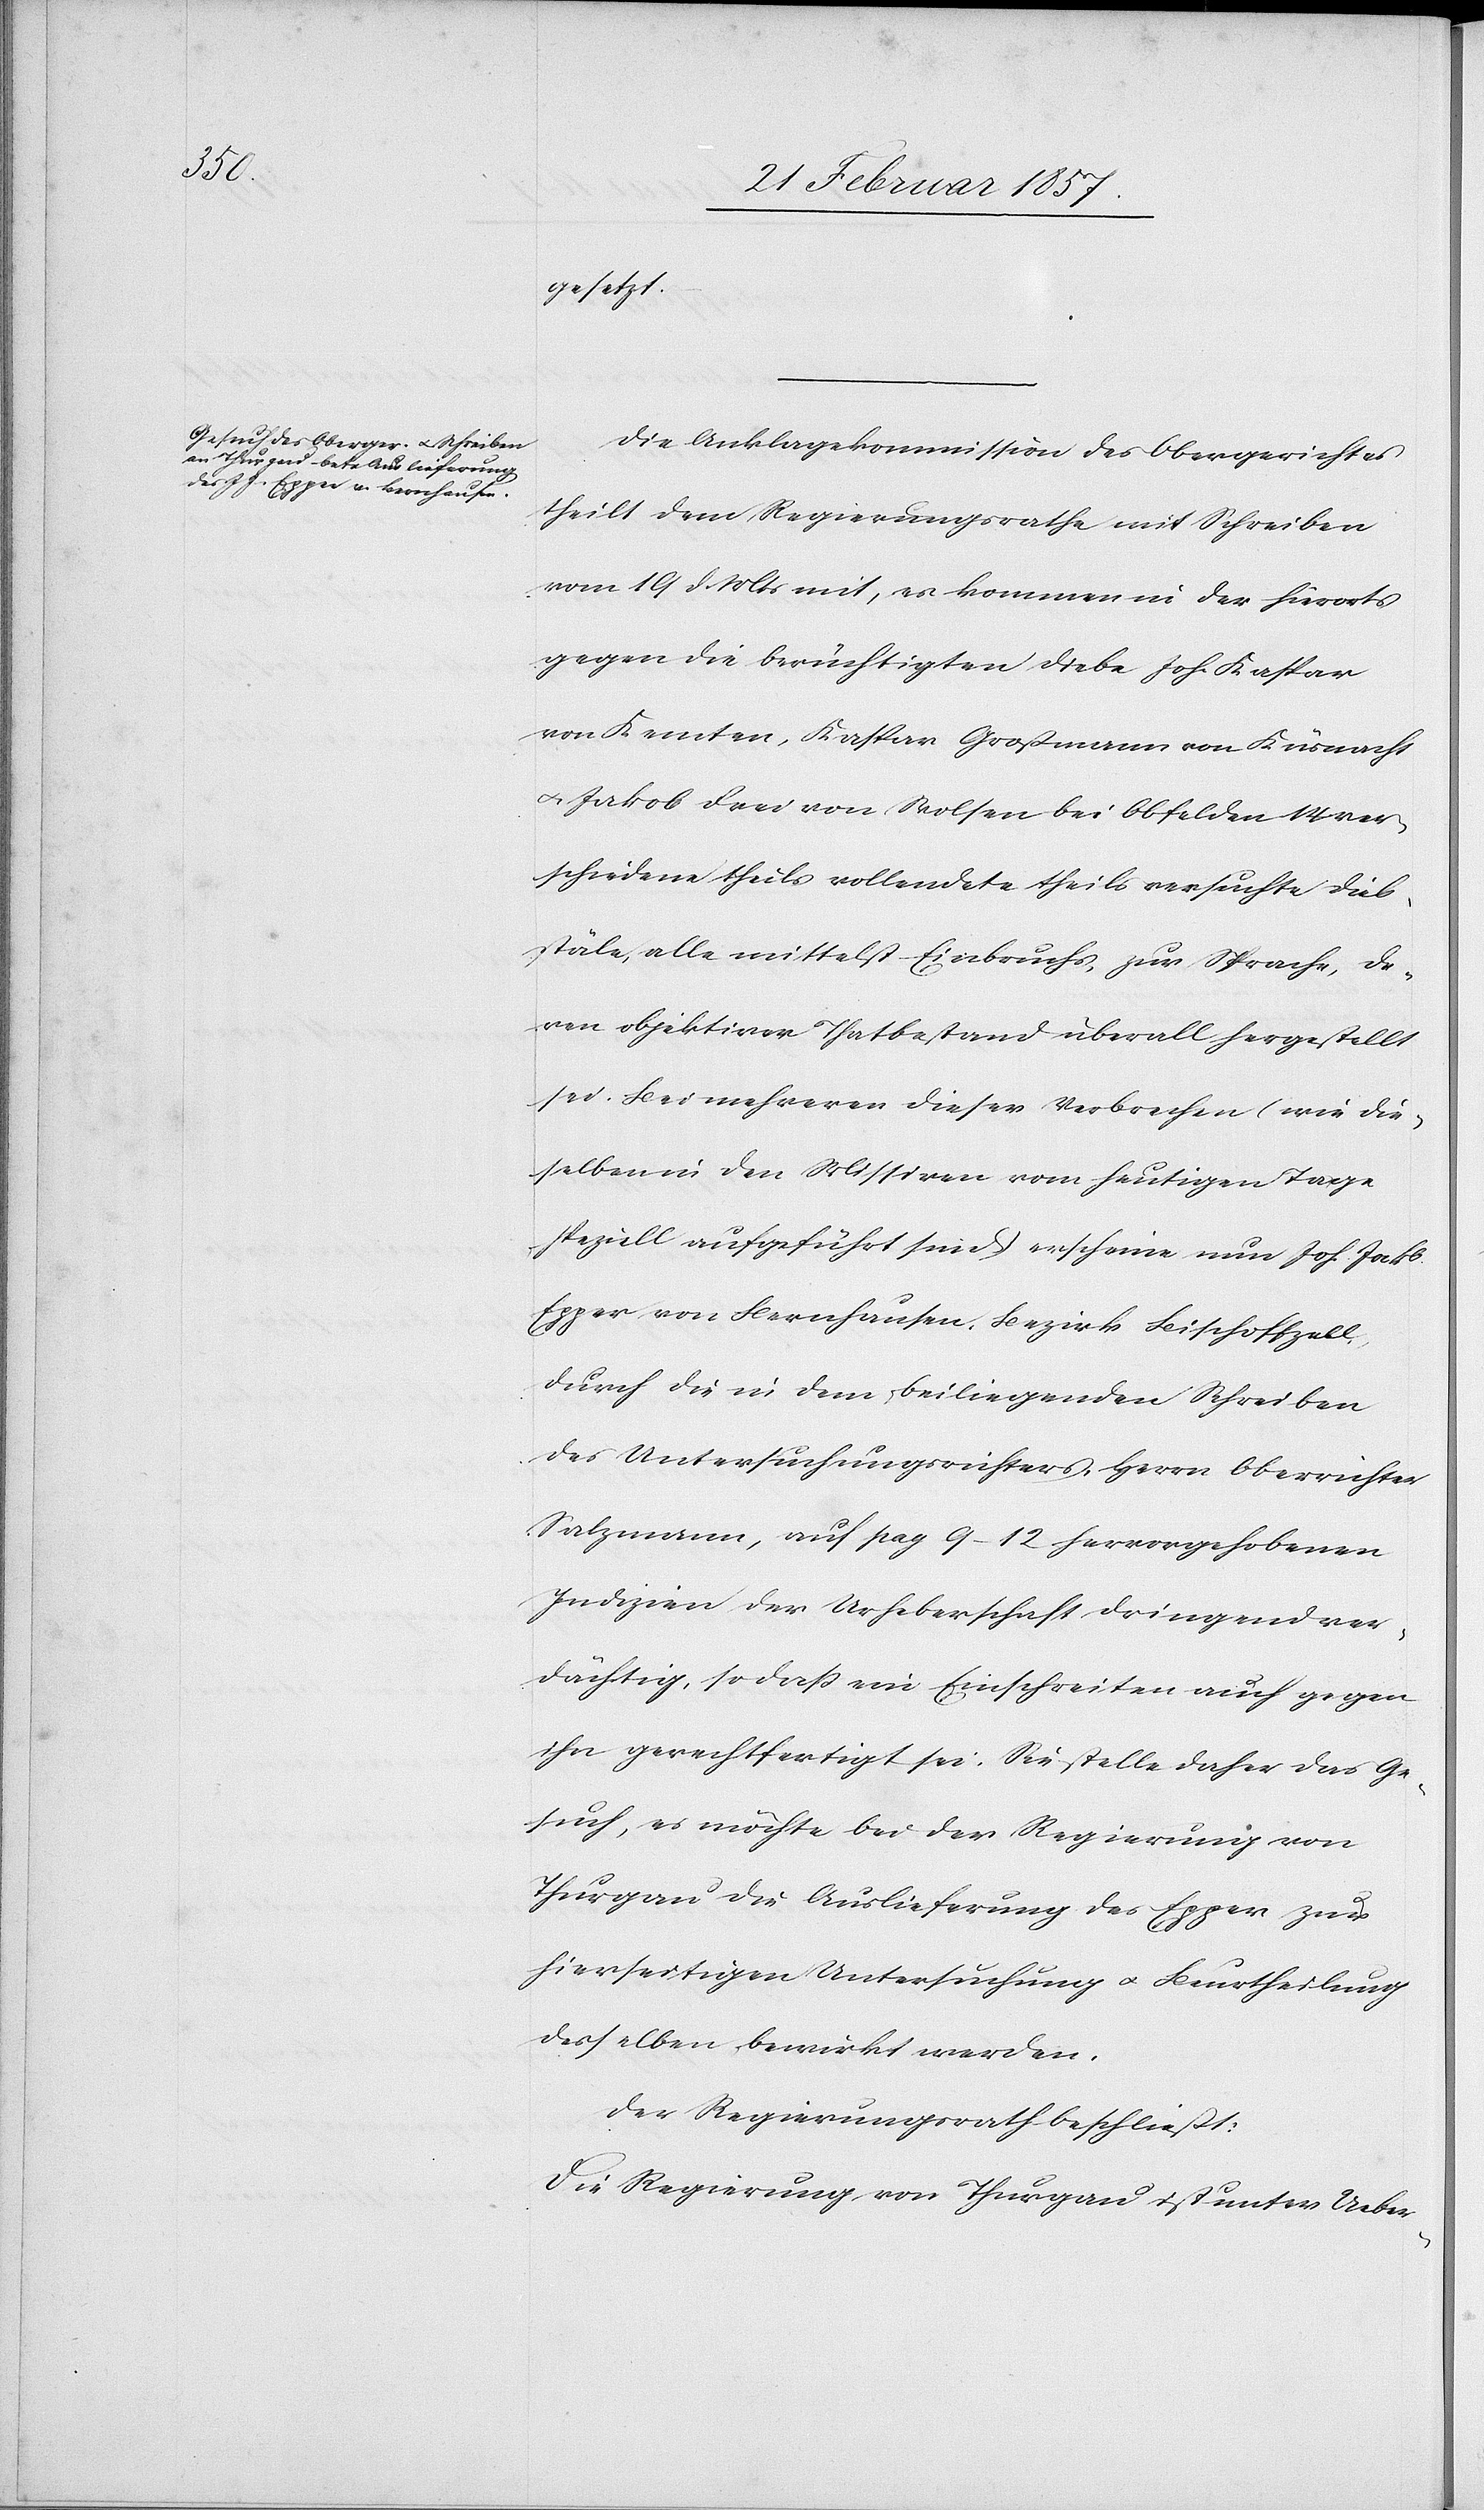
gesetzt.
Die Anklagekommission des Obergerichtes
theilt dem Regierungsrathe mit Schreiben
vom 19 d. Mts mit, es kommen in der hierorts
gegen die berüchtigten Diebe Joh. Kaspar
von Kemten, Kaspar Großmann von Küsnacht
u. Jakob drei von Wolsen bei Obfelden 14 ver¬
schiedene theils vollendete theils versuchte Dieb¬
stäle, alle mittelst Einbruchs, zur Sprache, de¬
ren objektiver Thatbestand überall hergestellt
sei. Bei mehreren dieser Verbrechen (wie die¬
selben in den Missiven vom heutigen Tage
speziell aufgeführt sind) erscheine nun Joh. Jakob
Epper von Bernhausen, Bezirk Bischoffzell,
durch die in dem beiliegenden Schreiben
des Untersuchungsrichters, Herrn Oberrichter
Salzmann, auf pag 9–12 hervorgehobenen
Indizien der Urheberschaft dringend ver¬
dächtig, so daß ein Einschreiten auch gegen
ihn gerechtfertigt sei. Sie stelle daher das Be¬
s, es möchte bei der Regierung von
Thurgau die Auslieferung des Epper zur
hierseitigen Untersuchung u. Beurtheilung
desselben bewirkt werden.
Der Regierungsrath beschließt:
Die Regierung von Thurgau ist unter Ueber-